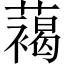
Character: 䕣